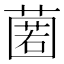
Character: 𮑆